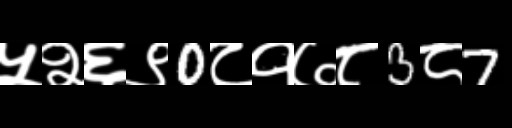
Text: ५२६९0८१७८3८7